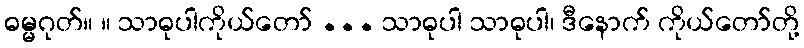
ဓမ္မဂုတ်။ ။ သာဓုပါကိုယ်တော် ... သာဓုပါ သာဓုပါ၊ ဒီနောက် ကိုယ်တော်တို့